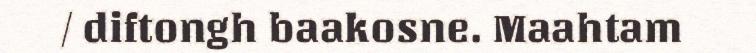
/ diftongh baakosne. Maahtam